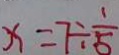
x = 7 \div \frac { 1 } { 5 }